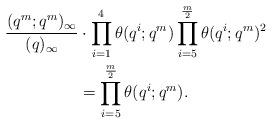
LaTeX: \begin{align*} \frac{(q^m;q^m)_\infty}{(q)_\infty} &\cdot\prod_{i=1}^{4} \theta(q^i;q^m)\prod_{i=5}^{\frac{m}{2}}\theta(q^i;q^m)^2\\&= \prod_{i=5}^{\frac{m}{2}}\theta(q^i;q^m).\end{align*}